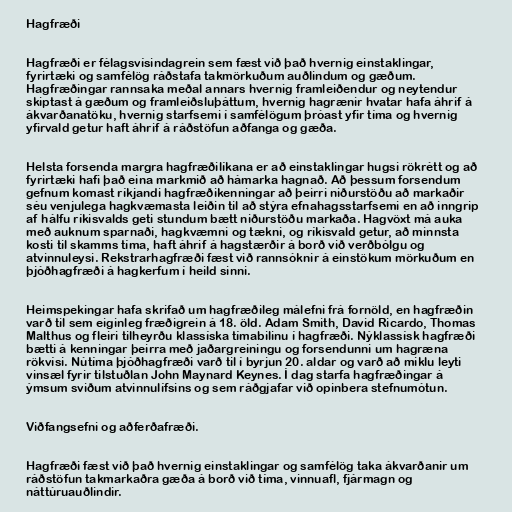
Hagfræði

Hagfræði er félagsvísindagrein sem fæst við það hvernig einstaklingar,
fyrirtæki og samfélög ráðstafa takmörkuðum auðlindum og gæðum.
Hagfræðingar rannsaka meðal annars hvernig framleiðendur og neytendur
skiptast á gæðum og framleiðsluþáttum, hvernig hagrænir hvatar hafa áhrif á
ákvarðanatöku, hvernig starfsemi í samfélögum þróast yfir tíma og hvernig
yfirvald getur haft áhrif á ráðstöfun aðfanga og gæða.

Helsta forsenda margra hagfræðilíkana er að einstaklingar hugsi rökrétt og að
fyrirtæki hafi það eina markmið að hámarka hagnað. Að þessum forsendum
gefnum komast ríkjandi hagfræðikenningar að þeirri niðurstöðu að markaðir
séu venjulega hagkvæmasta leiðin til að stýra efnahagsstarfsemi en að inngrip
af hálfu ríkisvalds geti stundum bætt niðurstöðu markaða. Hagvöxt má auka
með auknum sparnaði, hagkvæmni og tækni, og ríkisvald getur, að minnsta
kosti til skamms tíma, haft áhrif á hagstærðir á borð við verðbólgu og
atvinnuleysi. Rekstrarhagfræði fæst við rannsóknir á einstökum mörkuðum en
þjóðhagfræði á hagkerfum í heild sinni.

Heimspekingar hafa skrifað um hagfræðileg málefni frá fornöld, en hagfræðin
varð til sem eiginleg fræðigrein á 18. öld. Adam Smith, David Ricardo, Thomas
Malthus og fleiri tilheyrðu klassíska tímabilinu í hagfræði. Nýklassísk hagfræði
bætti á kenningar þeirra með jaðargreiningu og forsendunni um hagræna
rökvísi. Nútíma þjóðhagfræði varð til í byrjun 20. aldar og varð að miklu leyti
vinsæl fyrir tilstuðlan John Maynard Keynes. Í dag starfa hagfræðingar á
ýmsum sviðum atvinnulífsins og sem ráðgjafar við opinbera stefnumótun.

Viðfangsefni og aðferðafræði.

Hagfræði fæst við það hvernig einstaklingar og samfélög taka ákvarðanir um
ráðstöfun takmarkaðra gæða á borð við tíma, vinnuafl, fjármagn og
náttúruauðlindir.